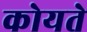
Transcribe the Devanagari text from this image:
कोयते